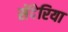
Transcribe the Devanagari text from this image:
सेंदेरिया